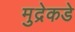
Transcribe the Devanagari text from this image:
मुद्रेकडे